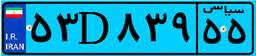
۹۶D۲۴۳۶۲